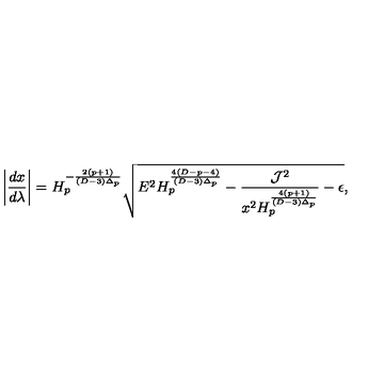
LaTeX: \left| { \frac { d x } { d \lambda } } \right| = H _ { p } ^ { - { \frac { 2 ( p + 1 ) } { ( D - 3 ) \Delta _ { p } } } } \sqrt { E ^ { 2 } H _ { p } ^ { \frac { 4 ( D - p - 4 ) } { ( D - 3 ) \Delta _ { p } } } - { \frac { { \cal J } ^ { 2 } } { x ^ { 2 } H _ { p } ^ { \frac { 4 ( p + 1 ) } { ( D - 3 ) \Delta _ { p } } } } } - \epsilon } ,